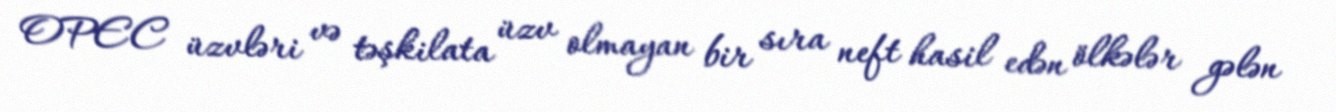
OPEC üzvləri və təşkilata üzv olmayan bir sıra neft hasil edən ölkələr gələn